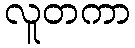
လူတကာ